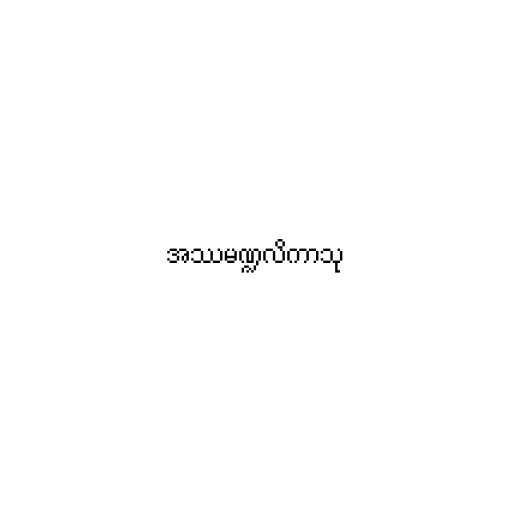
အဿမဏ္ဍလိကာသု